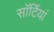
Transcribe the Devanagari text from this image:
साॅर्टियां